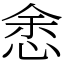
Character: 悆